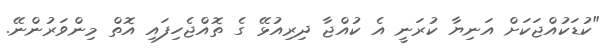
"ކުޑަކުއްޖަކަށް އަނިޔާ ކުރަނީ އެ ކުއްޖާ ދިރިއުޅޭ ގެ ތޮއްޖެހިފައި އޮތް މިންވަރުންނޭ.